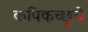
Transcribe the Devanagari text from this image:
कपिकच्छूचे